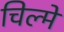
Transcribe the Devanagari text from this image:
चिल्मे